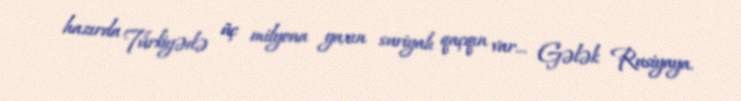
hazırda Türkiyədə üç milyona yaxın suriyalı qaçqın var... Gələk Rusiyaya.